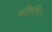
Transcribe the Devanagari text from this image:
भरीमभिः।